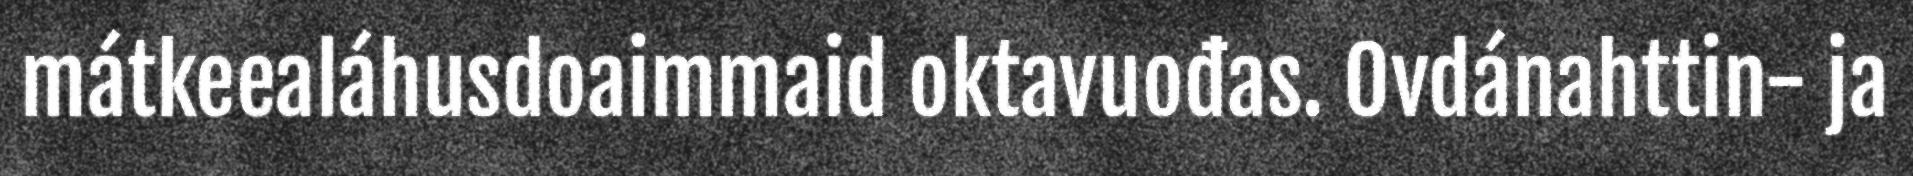
mátkeealáhusdoaimmaid oktavuođas. Ovdánahttin- ja